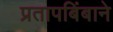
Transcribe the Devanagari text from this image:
प्रतापबिंबाने